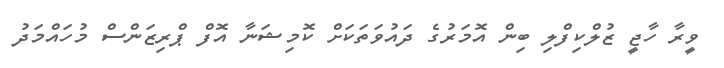
ވީރާ ހާޖީ ޒުލްކިފްލި ބިން އޮމަރުގެ ދައުވަތަކަށް ކޮމިޝަނާ އޮފް ޕްރިޒަންސް މުހައްމަދު